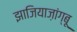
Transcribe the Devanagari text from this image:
झाजियाज़ांग्बू